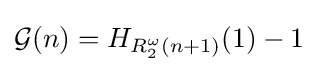
{\mathcal {G}}(n)=H_{R_{2}^{\omega }(n+1)}(1)-1